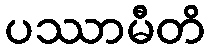
ပဿာမီတိ